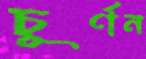
চূর্ণন